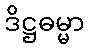
ဒိဋ္ဌဓမ္မာ